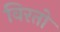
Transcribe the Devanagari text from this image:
विरतो